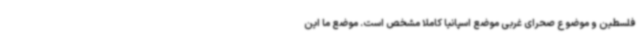
فلسطین و موضوع صحرای غربی موضع اسپانیا کاملا مشخص است. موضع ما این